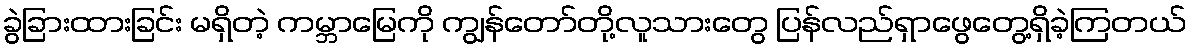
ခွဲခြားထားခြင်း မရှိတဲ့ ကမ္ဘာမြေကို ကျွန်တော်တို့လူသားတွေ ပြန်လည်ရှာဖွေတွေ့ရှိခဲ့ကြတယ်